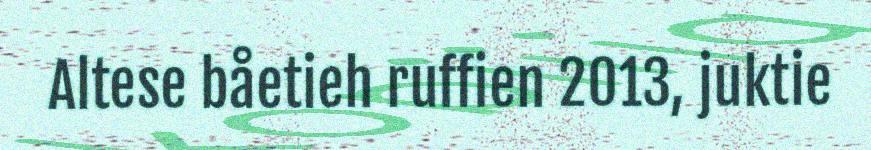
Altese båetieh ruffien 2013, juktie